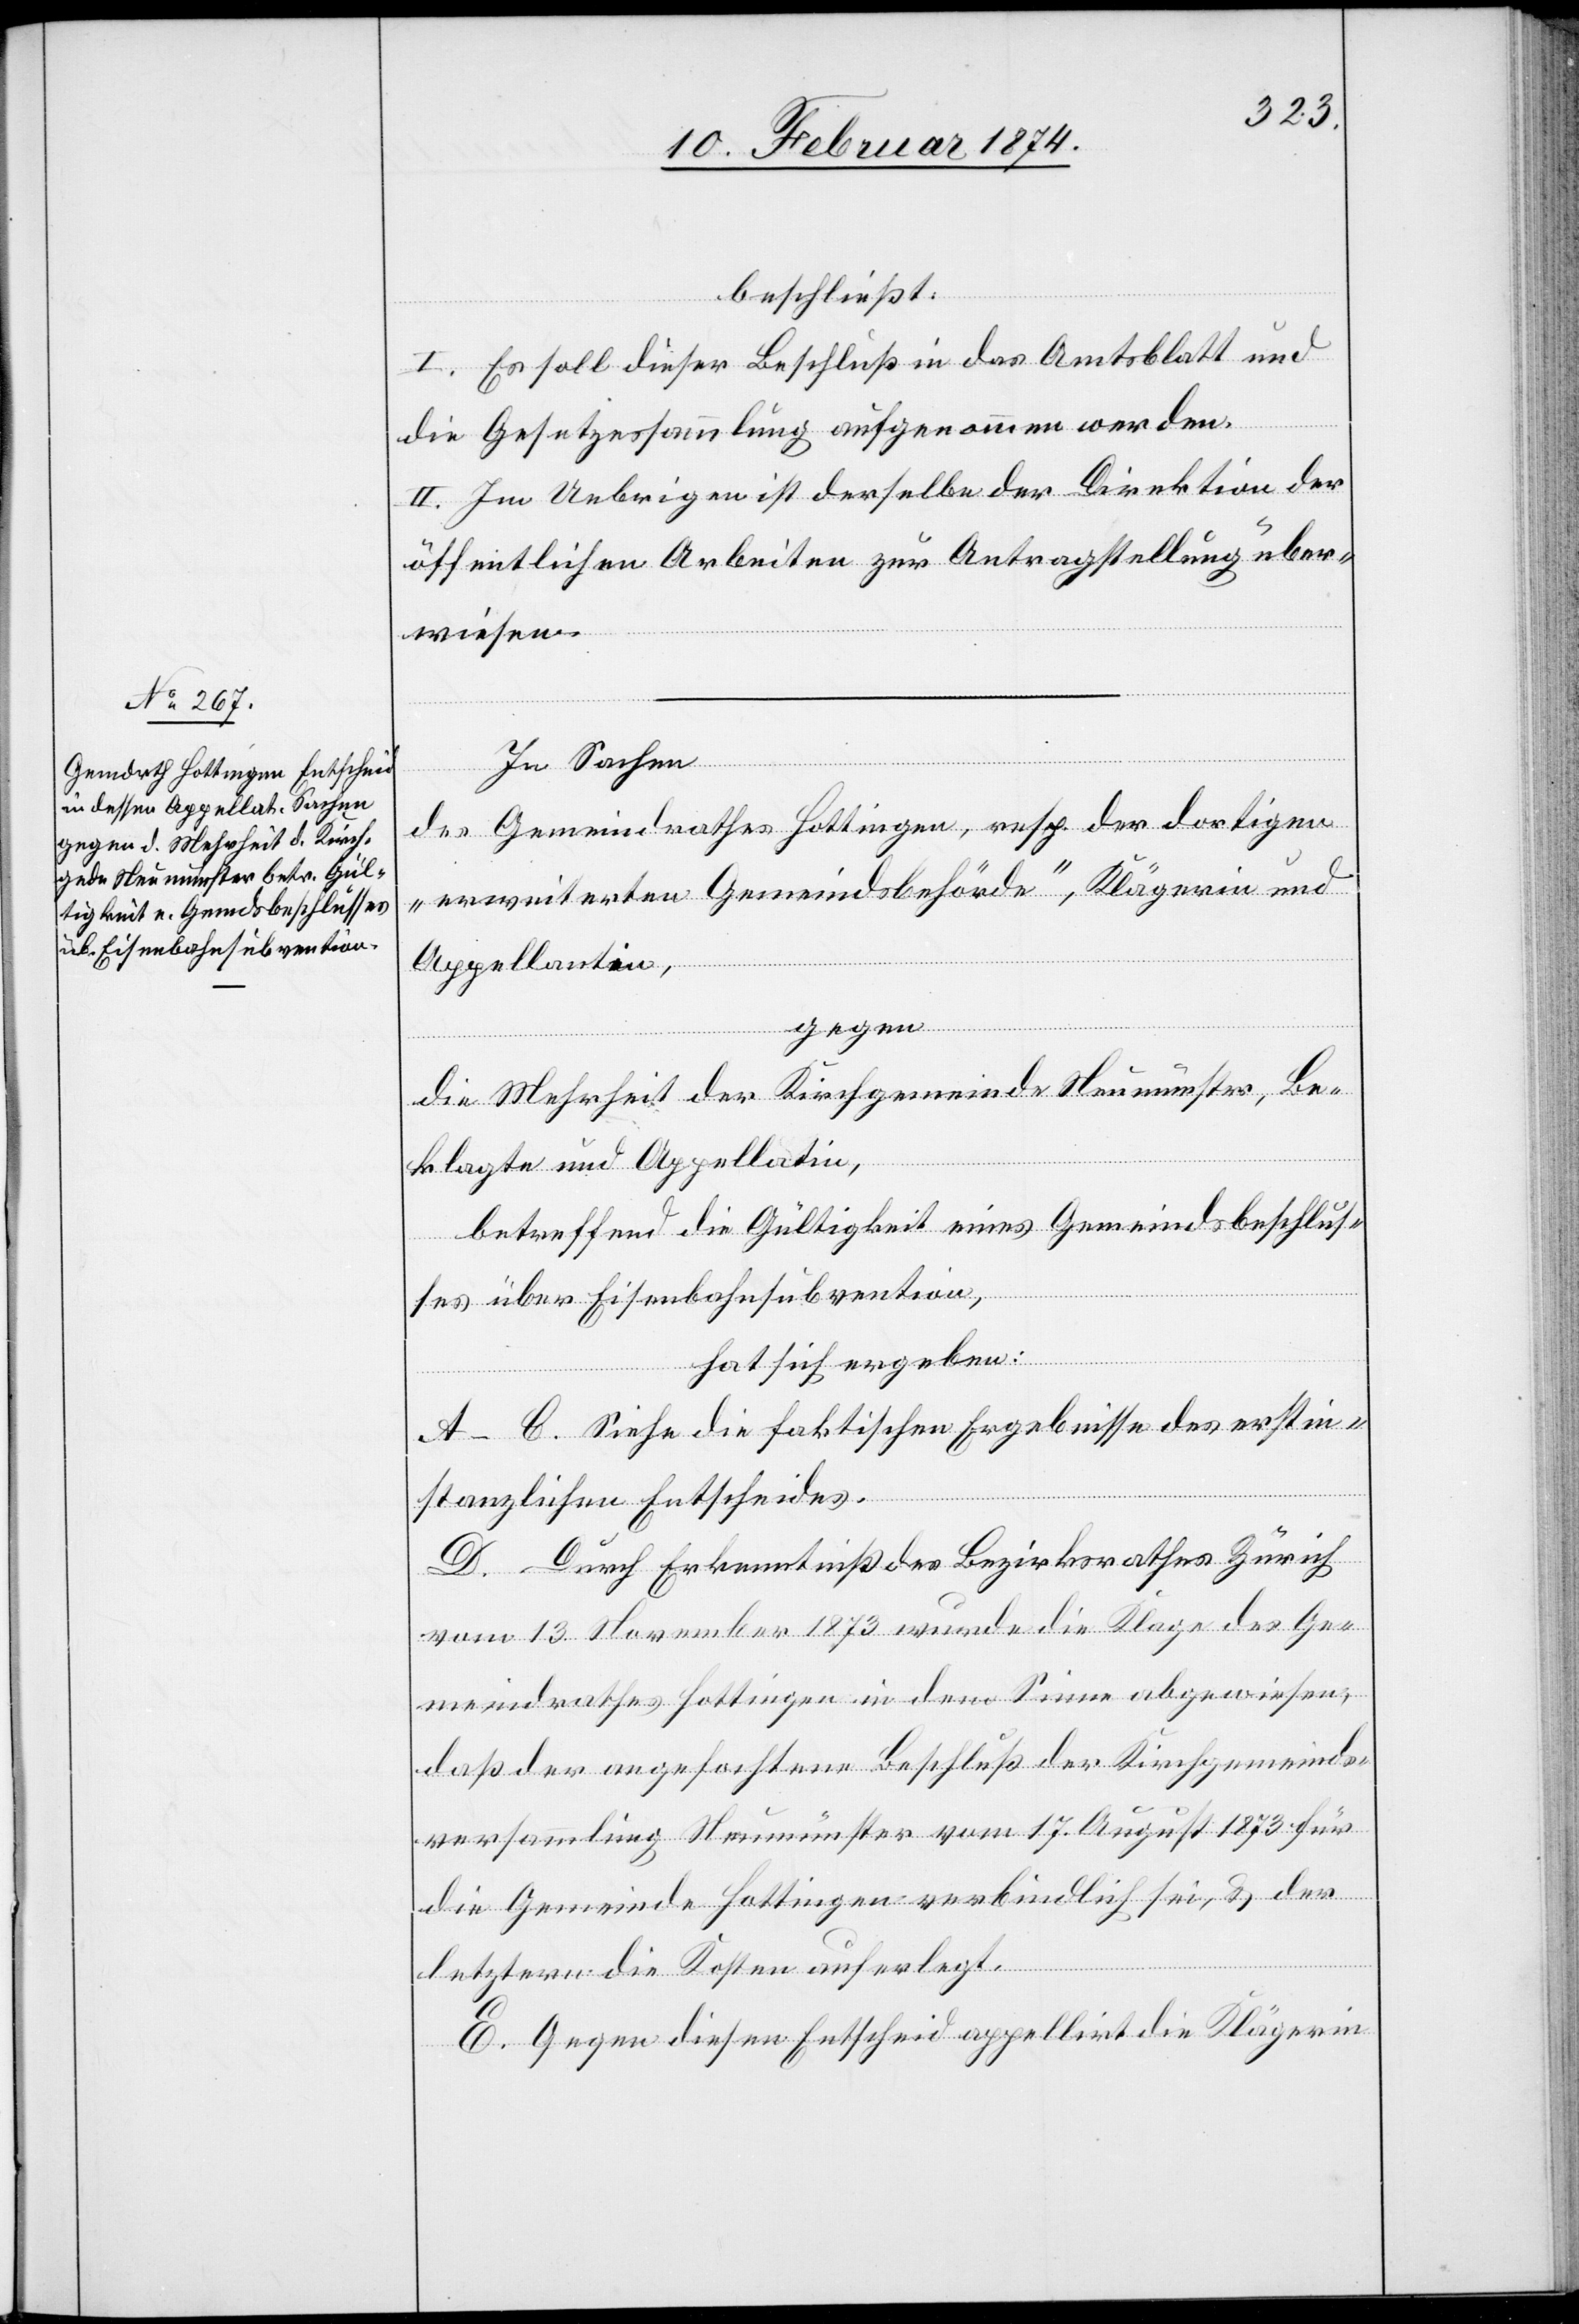
beschließt:
I. Es soll dieser Beschluß in das Amtsblatt und
die Gesetzessammlung aufgenommen werden.
II. Im Uebrigen ist derselbe der Direktion der
öffentlichen Arbeiten zur Antragstellung über¬
wiesen.
In Sachen
des Gemeindrathes Hottingen, resp. der dortigen
„erweiterten Gemeindsbehörde“, Klägerin und
Appellantin,
gegen
die Mehrheit der Kirchgemeinde Neumünster, Be¬
klagte und Appellatin,
betreffend die Gültigkeit eines Gemeindsbeschlus¬
ses über Eisenbahnsubvention,
hat sich ergeben:
A–C. Siehe die faktischen Ergebnisse des erstin¬
stanzlichen Entscheides.
D. Durch Erkenntniß des Bezirksrathes Zürich
vom 13. November 1873 wurde die Klage des Ge¬
meindrathes Hottingen in dem Sinne abgewiesen,
daß der angefochtene Beschluß der Kirchgemeinds¬
versammlung Neumünster vom 17. August 1873 für
die Gemeinde Hottingen verbindlich sei, u. der
letztern die Kosten auferlegt.
E. Gegen diesen Entscheid appellirt die Klägerin